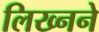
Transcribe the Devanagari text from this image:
लिख्नने